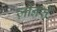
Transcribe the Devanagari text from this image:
ज़ोनरी